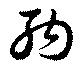
納